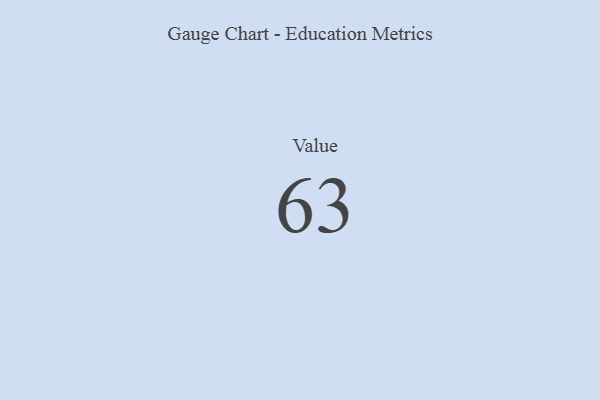
{"axis": {"x": "Metric", "y": "Value"}, "legend": [""], "data": [{"x": "Value", "y": 63, "type": ""}]}